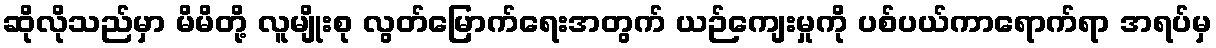
ဆိုလိုသည်မှာ မိမိတို့ လူမျိုးစု လွတ်မြောက်ရေးအတွက် ယဉ်ကျေးမှုကို ပစ်ပယ်ကာရောက်ရာ အရပ်မှ